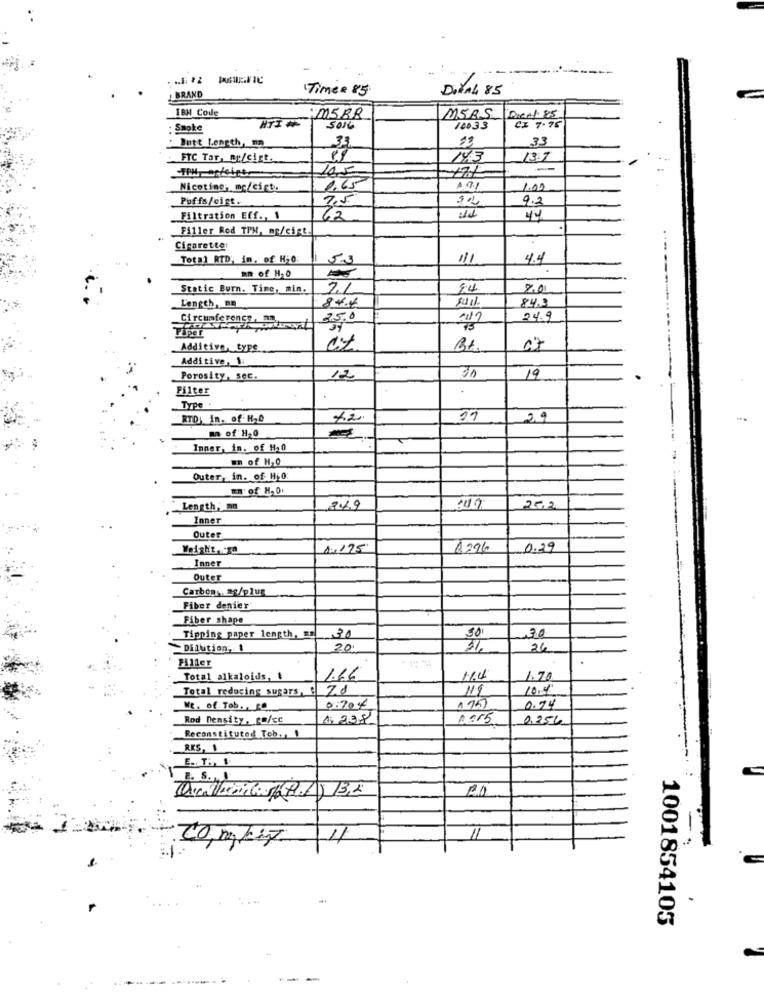
TimeR 85
DIEAl 85
BRAND
IBM Code
MSAS
M5BR
Dient 85
CX 7.75
. Smoke
5016
100.33
Butt Length, 02
23
.33
FTC Tar, mr/cirt.
14.3
13.7
Nicotine, mc/cigt.
191
1.00
Puffs/cist.
9.2
Filtration Eff ., 1
Filler Red TPM, mg/cigt
Cigarette:
Total RTD; in, of Hi0
5.3
111
4.4
an of HO
Static Burn. Time, min.
84
Length, an
84.4
sail
84.3
Circumference, an
25.0
24.9
Piper
Additive, type
07
Additive, 1
Porosity, sec.
12
19
Filter
Type.
RTD: In. of H20
12
29
m of H,0
Inner, in. of H,0
m of H.O
Outer, in. of H,0
Length, mn
249
0119
202
Inner
Outer
Weight, . To
1.175
0.39
Inner
Outer
Carbon, as/plus
Fiber denier
Fiber shape
30
30
Tipping paper length,
30
-Dilution, 1
20.
26
Filler
Total alkaloids. t
1.66
16.4
1.70
Total reducing sugars, e
7.8
111
10.5%
We. of Tob. , TO
0:704
1951
0.74
Rod Density, go/cc
1. 238
1955
0.256
Reconstituted Tob ., 1
RKS, 1
E .. T ., 1
11
....
1001854105